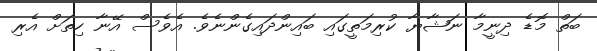
ބަތް މޮޑެ ދިނީމާ ނަޝާޔާ ކުރިމަތީގައި ބައިންދައިގެންނެވެ. އެވެސް އޭނާ ހިތަށް އެރި